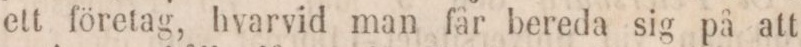
ett företag, hvarvid man får bereda sig på att